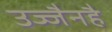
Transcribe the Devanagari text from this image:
उज्जैनहै